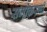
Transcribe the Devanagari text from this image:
समीकरणी